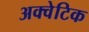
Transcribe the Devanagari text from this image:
अक्वेटिक